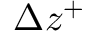
{ \Delta } { z ^ { + } }